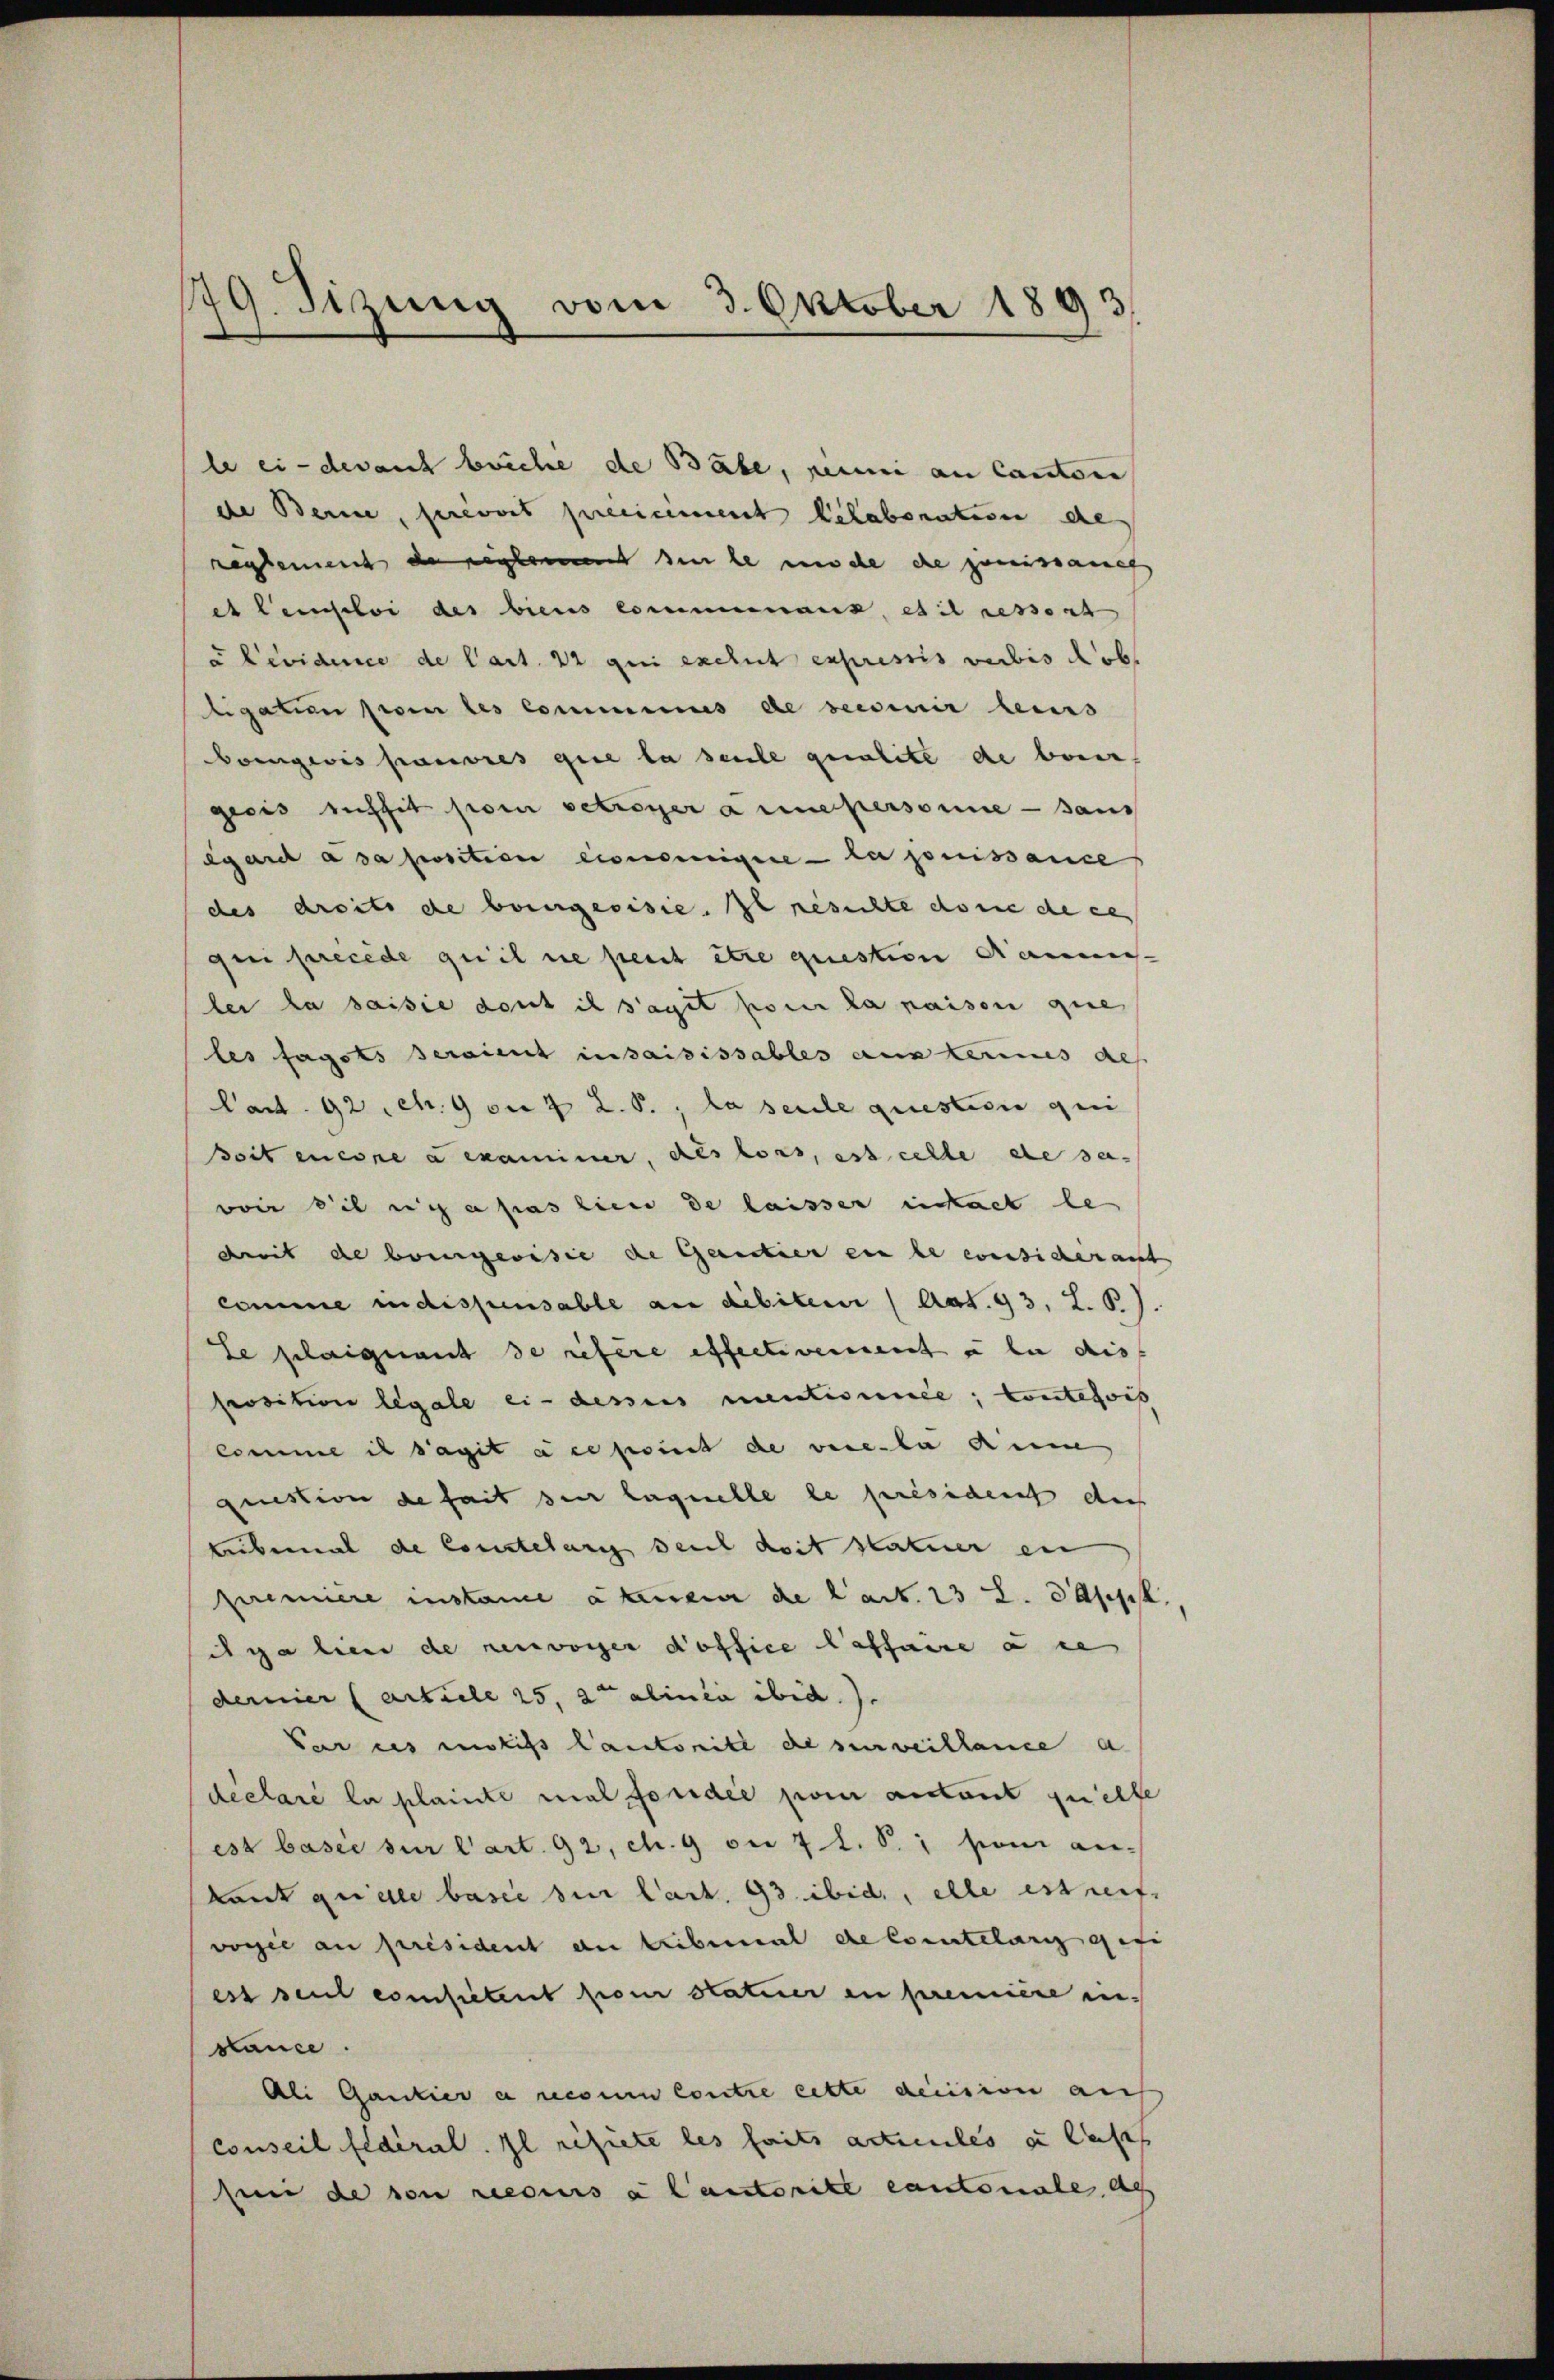
179. Sizung vom 3. Oktober 1893

de Berne, servors preciciment belaboration de
reglement de reglement den le mache die gemissanc
et leiscloi des biens communaus, es il ressort
u Levidence de Cart. 22 qui exclut expressis verbis dab
ligation pour les comminus de secsenir leins
Boingeis pauvres que la seule qualite de baier,
gecis suffit so betroger annestersonne — sans
egard à sa position eineinigere la jouissance
des droits de bourgerisie. Il resichte dorie de ces
qui precede qu’il ne peut être question Kammen-
ler la saisie dont ich saget pour la maison que
les fagots seraient insaisissables aus eines des
Cart. 92. c. 90. 7 2.5.; la seule questivie qui
soit encore a examiner, als lors, est celle de sa-
voir die sich a pas lieu de laisser inhalt le
dmit de bringerisie die Gerectier ein le consicheranst
comme in dispensable an debitem (Art. 93, L. P.).
Se plaignant de refere effectivement à la dis
prosition legale ci-dessens mentismee, Coutefois
comme il s’agit à ce point de vere la dem
question de fait sie laquelle le président der
ebemal de Constelung deut heit statuer en
premiere instane a tenen de l’art. 23 L. Sapp.
dgalien de renvoyer d’office Caffaire à ce
dernier (article 25, 2ten alinia ibid.).
Par es motifs lautorité de senweillance a
dielare la plainte mal fondée par anstant quelfe
est basie sur l’art. 92, c. 9 die 7 l. S. 1 sei ankant quelle basee den Cart. 93. ibid., elle estreife
vogie au président an tribemal de Comtelang gesi
ess seul competent prom statuer in première in-
stance.
Ali Gantier a neuen Contre cette decision auf
conseil fédéral. Il restete les faits acteules zu lass
sei de son recurs à l’autorike cantonale al

le ei- derauf beiche de Babe, perini an Canton